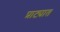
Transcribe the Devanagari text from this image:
प्राट्यात